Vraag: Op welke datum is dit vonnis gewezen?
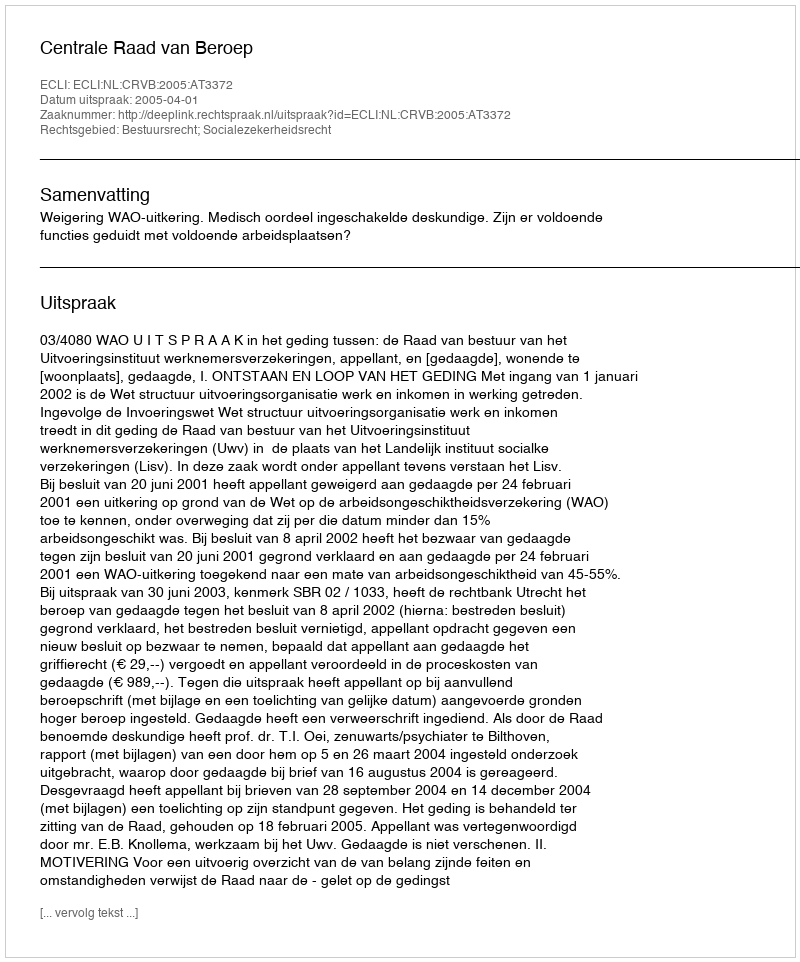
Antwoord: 2005-04-01